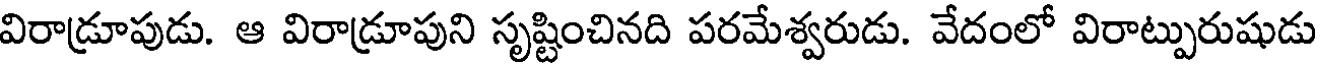
విరాడ్రూపుడు. ఆ విరాడ్రూపుని సృష్టించినది పరమేశ్వరుడు. వేదంలో విరాట్పురుషుడు